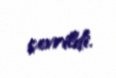
çevrildi.